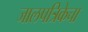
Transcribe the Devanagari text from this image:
जालपत्रिकेचा